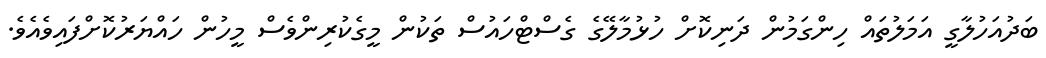
ބަދުއަހުލާގީ އަމަލުތައް ހިންގަމުން ދަނިކޮށް ހުޅުމާލޭގެ ގެސްޓްހައުސް ތަކުން މީގެކުރިންވެސް މީހުން ހައްޔަރުކޮށްފައިވެއެވެ.